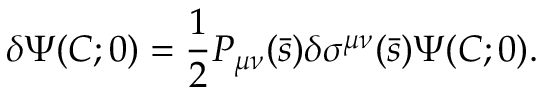
\delta \Psi ( C ; 0 ) = { \frac { 1 } { 2 } } P _ { \mu \nu } ( \bar { s } ) \delta \sigma ^ { \mu \nu } ( \bar { s } ) \Psi ( C ; 0 ) .